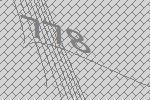
778